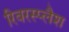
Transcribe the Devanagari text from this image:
रिवरस्प्लैश